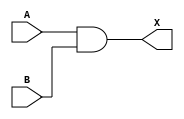
`timescale 1 ps / 1 ps

module sky130_fd_sc_hd__and2 (
    X,
    A,
    B
);

    // Module ports
    output X;
    input  A;
    input  B;

    // Module supplies
    supply1 VPWR;
    supply0 VGND;
    supply1 VPB ;
    supply0 VNB ;

    // Local signals
    wire and0_out_X;

    //  Name  Output      Other arguments
    and and0 (and0_out_X, A, B           );
    buf buf0 (X         , and0_out_X     );

endmodule

module sky130_fd_sc_hd__and2_1 (
    X,
    A,
    B
);

    output X;
    input  A;
    input  B;

    // Voltage supply signals
    supply1 VPWR;
    supply0 VGND;
    supply1 VPB ;
    supply0 VNB ;

    sky130_fd_sc_hd__and2 base (
        .X(X),
        .A(A),
        .B(B)
    );

endmodule

module sky130_fd_sc_hd__nand2 (
    Y,
    A,
    B
);

    // Module ports
    output Y;
    input  A;
    input  B;

    // Module supplies
    supply1 VPWR;
    supply0 VGND;
    supply1 VPB ;
    supply0 VNB ;

    //  Name  Output      Other arguments
    nand nand0 (Y, A, B);

endmodule

module sky130_fd_sc_hd__nand2_1 (
    Y,
    A,
    B
);

    output Y;
    input  A;
    input  B;

    // Voltage supply signals
    supply1 VPWR;
    supply0 VGND;
    supply1 VPB ;
    supply0 VNB ;

    sky130_fd_sc_hd__nand2 base (
        .Y(Y),
        .A(A),
        .B(B)
    );

endmodule

module sky130_fd_sc_hd__nand2_2 (
    Y,
    A,
    B
);

    output Y;
    input  A;
    input  B;

    // Voltage supply signals
    supply1 VPWR;
    supply0 VGND;
    supply1 VPB ;
    supply0 VNB ;

    sky130_fd_sc_hd__nand2 base (
        .Y(Y),
        .A(A),
        .B(B)
    );

endmodule

module sky130_fd_sc_hd__or2 (
    X,
    A,
    B
);

    // Module ports
    output X;
    input  A;
    input  B;

    // Module supplies
    supply1 VPWR;
    supply0 VGND;
    supply1 VPB ;
    supply0 VNB ;

    //  Name  Output      Other arguments
    or or0 (X, A, B);

endmodule

module sky130_fd_sc_hd__or2_1 (
    X,
    A,
    B
);

    output X;
    input  A;
    input  B;

    // Voltage supply signals
    supply1 VPWR;
    supply0 VGND;
    supply1 VPB ;
    supply0 VNB ;

    sky130_fd_sc_hd__or2 base (
        .X(X),
        .A(A),
        .B(B)
    );

endmodule

module sky130_fd_sc_hd__or2_2 (
    X,
    A,
    B
);

    output X;
    input  A;
    input  B;

    // Voltage supply signals
    supply1 VPWR;
    supply0 VGND;
    supply1 VPB ;
    supply0 VNB ;

    sky130_fd_sc_hd__or2 base (
        .X(X),
        .A(A),
        .B(B)
    );

endmodule

module sky130_fd_sc_hd__or3_1 (
    X,
    A,
    B,
    C
);

    output X;
    input  A;
    input  B;
    input  C;

    // Voltage supply signals
    supply1 VPWR;
    supply0 VGND;
    supply1 VPB ;
    supply0 VNB ;

    or or0 (X, A, B, C);

endmodule

module sky130_fd_sc_hd__nor4_1 (
    X,
    A,
    B,
    C,
    D
);

    output X;
    input  A;
    input  B;
    input  C;
    input  D;

    // Voltage supply signals
    supply1 VPWR;
    supply0 VGND;
    supply1 VPB ;
    supply0 VNB ;

    nor nor0 (X, A, B, C, D);

endmodule

module sky130_fd_sc_hd__xor2 (
    X,
    A,
    B
);

    // Module ports
    output X;
    input  A;
    input  B;

    // Local signals
    wire xor0_out_X;

    //  Name  Output      Other arguments
    xor xor0 (xor0_out_X, B, A           );
    buf buf0 (X         , xor0_out_X     );

endmodule

module sky130_fd_sc_hd__xor2_1 (
    X,
    A,
    B
);

    output X;
    input  A;
    input  B;

    // Voltage supply signals
    supply1 VPWR;
    supply0 VGND;
    supply1 VPB ;
    supply0 VNB ;

    sky130_fd_sc_hd__xor2 base (
        .X(X),
        .A(A),
        .B(B)
    );

endmodule

module sky130_fd_sc_hd__buf_1 (
    X,
    A
);

    // Module ports
    output X;
    input  A;

    //  Name  Output      Other arguments
    buf buf0 (X, A);

endmodule

module sky130_fd_sc_hd__inv (
    Y,
    A
);

    // Module ports
    output Y;
    input  A;

    // Local signals
    wire not0_out_Y;

    //  Name  Output      Other arguments
    not not0 (not0_out_Y, A              );
    buf buf0 (Y         , not0_out_Y     );

endmodule

module sky130_fd_sc_hd__inv_1 (
    Y,
    A
);

    output Y;
    input  A;

    // Voltage supply signals
    supply1 VPWR;
    supply0 VGND;
    supply1 VPB ;
    supply0 VNB ;

    sky130_fd_sc_hd__inv base (
        .Y(Y),
        .A(A)
    );

endmodule

module sky130_fd_sc_hd__inv_2 (
    Y,
    A
);

    output Y;
    input  A;

    // Voltage supply signals
    supply1 VPWR;
    supply0 VGND;
    supply1 VPB ;
    supply0 VNB ;

    sky130_fd_sc_hd__inv base (
        .Y(Y),
        .A(A)
    );

endmodule

module sky130_fd_sc_hd__fa (
    COUT,
    SUM ,
    A   ,
    B   ,
    CIN
);

    // Module ports
    output COUT;
    output SUM ;
    input  A   ;
    input  B   ;
    input  CIN ;

    // Local signals
    wire or0_out     ;
    wire and0_out    ;
    wire and1_out    ;
    wire and2_out    ;
    wire nor0_out    ;
    wire nor1_out    ;
    wire or1_out_COUT;
    wire or2_out_SUM ;

    //  Name  Output        Other arguments
    or  or0  (or0_out     , CIN, B            );
    and and0 (and0_out    , or0_out, A        );
    and and1 (and1_out    , B, CIN            );
    or  or1  (or1_out_COUT, and1_out, and0_out);
    buf buf0 (COUT        , or1_out_COUT      );
    and and2 (and2_out    , CIN, A, B         );
    nor nor0 (nor0_out    , A, or0_out        );
    nor nor1 (nor1_out    , nor0_out, COUT    );
    or  or2  (or2_out_SUM , nor1_out, and2_out);
    buf buf1 (SUM         , or2_out_SUM       );

endmodule

module sky130_fd_sc_hd__fa_1 (
    COUT,
    SUM ,
    A   ,
    B   ,
    CIN
);

    output COUT;
    output SUM ;
    input  A   ;
    input  B   ;
    input  CIN ;

    // Voltage supply signals
    supply1 VPWR;
    supply0 VGND;
    supply1 VPB ;
    supply0 VNB ;

    sky130_fd_sc_hd__fa base (
        .COUT(COUT),
        .SUM(SUM),
        .A(A),
        .B(B),
        .CIN(CIN)
    );

endmodule

module sky130_fd_sc_hd__ha (
    COUT,
    SUM ,
    A   ,
    B
);

    // Module ports
    output COUT;
    output SUM ;
    input  A   ;
    input  B   ;

    // Local signals
    wire and0_out_COUT;
    wire xor0_out_SUM ;

    //  Name  Output         Other arguments
    and and0 (and0_out_COUT, A, B           );
    buf buf0 (COUT         , and0_out_COUT  );
    xor xor0 (xor0_out_SUM , B, A           );
    buf buf1 (SUM          , xor0_out_SUM   );

endmodule

module sky130_fd_sc_hd__ha_1 (
    COUT,
    SUM ,
    A   ,
    B
);

    output COUT;
    output SUM ;
    input  A   ;
    input  B   ;

    // Voltage supply signals
    supply1 VPWR;
    supply0 VGND;
    supply1 VPB ;
    supply0 VNB ;

    sky130_fd_sc_hd__ha base (
        .COUT(COUT),
        .SUM(SUM),
        .A(A),
        .B(B)
    );
endmodule

module sky130_fd_sc_hd__a21o (
    X ,
    A1,
    A2,
    B1
);

    // Module ports
    output X ;
    input  A1;
    input  A2;
    input  B1;

    // Local signals
    wire and0_out ;
    wire or0_out_X;

    //  Name  Output     Other arguments
    and and0 (and0_out , A1, A2         );
    or  or0  (or0_out_X, and0_out, B1   );
    buf buf0 (X        , or0_out_X      );

endmodule

module sky130_fd_sc_hd__a21o_1 (
    X ,
    A1,
    A2,
    B1
);

    output X ;
    input  A1;
    input  A2;
    input  B1;

    // Voltage supply signals
    supply1 VPWR;
    supply0 VGND;
    supply1 VPB ;
    supply0 VNB ;

    sky130_fd_sc_hd__a21o base (
        .X(X),
        .A1(A1),
        .A2(A2),
        .B1(B1)
    );

endmodule

module sky130_fd_sc_hd__a22o (
    X ,
    A1,
    A2,
    B1,
    B2
);

    // Module ports
    output X ;
    input  A1;
    input  A2;
    input  B1;
    input  B2;

    // Local signals
    wire and0_out ;
    wire and1_out ;
    wire or0_out_X;

    //  Name  Output     Other arguments
    and and0 (and0_out , B1, B2            );
    and and1 (and1_out , A1, A2            );
    or  or0  (or0_out_X, and1_out, and0_out);
    buf buf0 (X        , or0_out_X         );

endmodule

module sky130_fd_sc_hd__a22o_1 (
    X ,
    A1,
    A2,
    B1,
    B2
);

    output X ;
    input  A1;
    input  A2;
    input  B1;
    input  B2;

    // Voltage supply signals
    supply1 VPWR;
    supply0 VGND;
    supply1 VPB ;
    supply0 VNB ;

    sky130_fd_sc_hd__a22o base (
        .X(X),
        .A1(A1),
        .A2(A2),
        .B1(B1),
        .B2(B2)
    );

endmodule

module sky130_fd_sc_hd__o22ai_1 (
    X ,
    A1,
    A2,
    B1,
    B2
);

    output X ;
    input  A1;
    input  A2;
    input  B1;
    input  B2;

    // Voltage supply signals
    supply1 VPWR;
    supply0 VGND;
    supply1 VPB ;
    supply0 VNB ;

    // Local signals
    wire or0_out ;
    wire or1_out ;
    wire and0_out_X;

    //  Name  Output     Other arguments
    or or0 (or0_out , B1, B2            );
    or or1 (or1_out , A1, A2            );
    and and0  (and0_out_X, or1_out, or0_out);
    not inv0 (X        , and0_out_X         );

endmodule

module sky130_fd_sc_hd__a22oi_1 (
    X ,
    A1,
    A2,
    B1,
    B2
);

    output X ;
    input  A1;
    input  A2;
    input  B1;
    input  B2;

    // Voltage supply signals
    supply1 VPWR;
    supply0 VGND;
    supply1 VPB ;
    supply0 VNB ;

    // Local signals
    wire and0_out ;
    wire and1_out ;
    wire or0_out_X;

    //  Name  Output     Other arguments
    and and0 (and0_out , B1, B2            );
    and and1 (and1_out , A1, A2            );
    or or0  (or0_out_X, and1_out, and0_out);
    not inv0 (X        , or0_out_X         );

endmodule

module sky130_fd_sc_hd__a32o (
    X ,
    A1,
    A2,
    A3,
    B1,
    B2
);

    // Module ports
    output X ;
    input  A1;
    input  A2;
    input  A3;
    input  B1;
    input  B2;

    // Local signals
    wire and0_out ;
    wire and1_out ;
    wire or0_out_X;

    //  Name  Output     Other arguments
    and and0 (and0_out , A3, A1, A2        );
    and and1 (and1_out , B1, B2            );
    or  or0  (or0_out_X, and1_out, and0_out);
    buf buf0 (X        , or0_out_X         );

endmodule

module sky130_fd_sc_hd__a32o_1 (
    X ,
    A1,
    A2,
    A3,
    B1,
    B2
);

    output X ;
    input  A1;
    input  A2;
    input  A3;
    input  B1;
    input  B2;

    // Voltage supply signals
    supply1 VPWR;
    supply0 VGND;
    supply1 VPB ;
    supply0 VNB ;

    sky130_fd_sc_hd__a32o base (
        .X(X),
        .A1(A1),
        .A2(A2),
        .A3(A3),
        .B1(B1),
        .B2(B2)
    );

endmodule